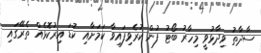
ސާދާތު ވިދާޅުވީ މިހާރު ބޯޓު ފުން ކުރެވިފައިވާ ކަމަށާއި ކުޑަ އިރުކޮޅެއް ތެރޭގައި